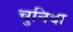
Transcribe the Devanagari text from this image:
चुनिदा